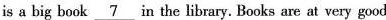
is a big book \underline{7} in the library. Books are at very good